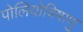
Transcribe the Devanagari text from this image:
पोलियोविषाणु